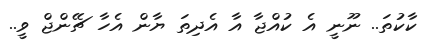
ކާކުތަ.. ނޫނީ އެ ކުއްޖާ އާ އެދިތަ ޔާން އެހާ ޗޭންޖް ވީ..